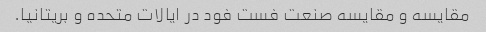
مقایسه و مقایسه صنعت فست فود در ایالات متحده و بریتانیا.